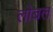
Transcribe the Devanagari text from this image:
लोबल